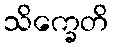
သိက္ခေတိ